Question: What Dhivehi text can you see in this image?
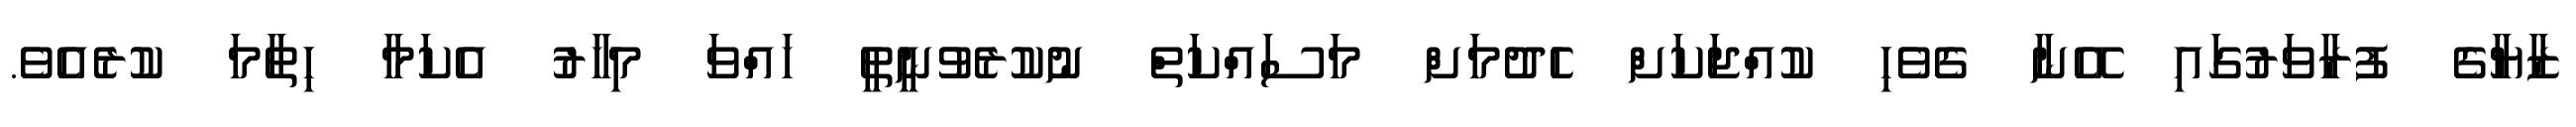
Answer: ޒާޔާގެ ފުރާވަރުގައި އޭނާ ގެވެހި ކުއްޖަކަށް ހެދުމަށް މަސައްކަތް ނުކުރެވުނީތީ ހައްވަ މިހާރު އެކަމާ ހިތާމަ ކުރެއެވެ.